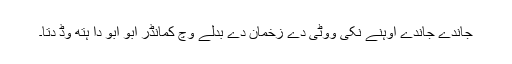
جاندے جاندے اوہنے نکی ووٹی دے زخمان دے بدلے وچ کمانڈر ابو ابو دا ہتھ وڈ دتا۔